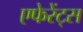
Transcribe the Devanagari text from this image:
एफेरेंट्स